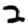
Digit: 2